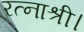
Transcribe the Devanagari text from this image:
रत्नाश्री।